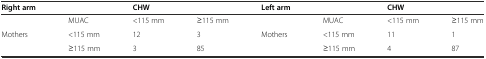
<table><thead><tr><td><b>Right arm</b></td><td></td><td colspan="2"><b>CHW</b></td><td><b>Left arm</b></td><td></td><td colspan="2"><b>CHW</b></td></tr></thead><tbody><tr><td></td><td>MUAC</td><td>&lt;115 mm</td><td>≥115 mm</td><td></td><td>MUAC</td><td>&lt;115 mm</td><td>≥115 mm</td></tr><tr><td>Mothers</td><td>&lt;115 mm</td><td>12</td><td>3</td><td>Mothers</td><td>&lt;115 mm</td><td>11</td><td>1</td></tr><tr><td></td><td>≥115 mm</td><td>3</td><td>85</td><td></td><td>≥115 mm</td><td>4</td><td>87</td></tr></tbody></table>